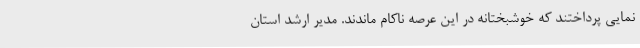
نمایی پرداختند که خوشبختانه در این عرصه ناکام ماندند. مدیر ارشد استان